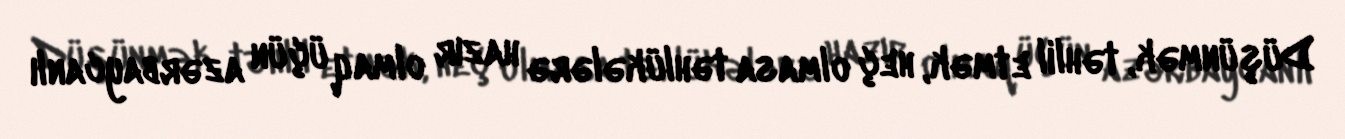
Düşünmək, təhlil etmək, heç olmasa təhlükələrə hazır olmaq üçün azərbaycanlı